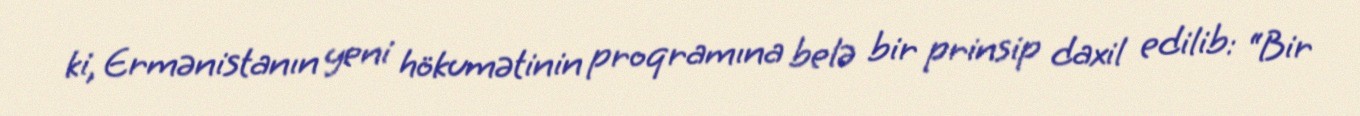
ki, Ermənistanın yeni hökumətinin proqramına belə bir prinsip daxil edilib: “Bir